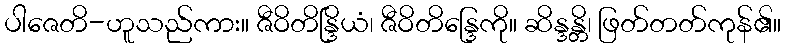
ပါဇေတိ-ဟူသည်ကား။ ဇီဝိတိန္ဒြိယံ၊ ဇီဝိတိန္ဒြေကို။ ဆိန္ဒန္တိ၊ ဖြတ်တတ်ကုန်၏။